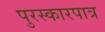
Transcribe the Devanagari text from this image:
पुरस्कारपात्र